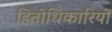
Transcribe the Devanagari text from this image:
हितोधिकारियों